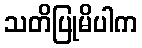
သတိပြုမိပါက